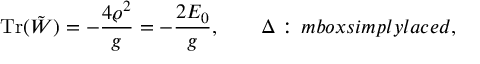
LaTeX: \mathrm { T r } ( \tilde { W } ) = - { \frac { 4 \varrho ^ { 2 } } { g } } = - { \frac { 2 { \cal E } _ { 0 } } { g } } , \qquad \Delta : \, m b o x { s i m p l y l a c e d } ,